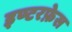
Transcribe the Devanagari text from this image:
इण्टरफ़ेस